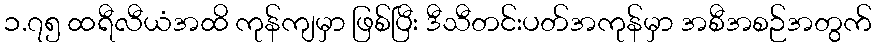
၁.၇၅ ထရီလီယံအထိ ကုန်ကျမှာ ဖြစ်ပြီး ဒီသီတင်းပတ်အကုန်မှာ အစီအစဉ်အတွက်